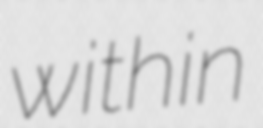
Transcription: within